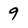
Character: 9